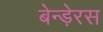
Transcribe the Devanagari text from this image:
बेन्ड़ेरस